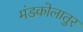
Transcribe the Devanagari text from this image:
मंडकोलातुर